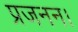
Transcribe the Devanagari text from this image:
प्रजनन।